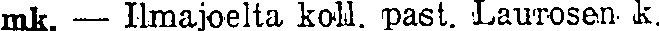
mk. — Ilmajoelta koll. past. Laurosen k.